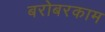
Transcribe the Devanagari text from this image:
बरोबरकाम